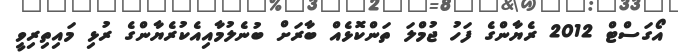
އޯގަސްޓް 2012 ރެޔާންގެ ފަހު ޖުމްލަ ތަންކޮޅެއް ބާރަށް ބުނެލުމާއިއެކުރެޔާންގެ ރުޅި މައިތިރިވީ